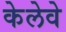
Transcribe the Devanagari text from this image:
केलेवे